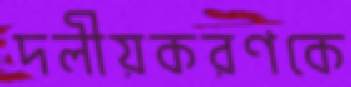
দলীয়করণকে